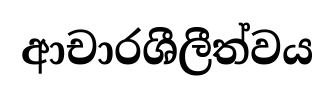
ආචාරශීලීත්වය